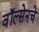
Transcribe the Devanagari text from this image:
वॉल्सेनचे